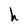
Character: h